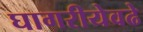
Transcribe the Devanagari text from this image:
घागरीयेवढे